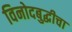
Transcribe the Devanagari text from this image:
विनोदबुद्धीचा